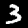
Label: 3